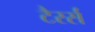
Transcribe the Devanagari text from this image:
टैरर्स